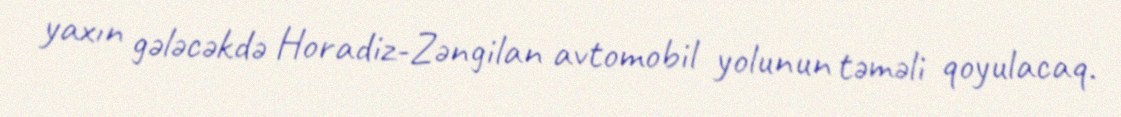
yaxın gələcəkdə Horadiz-Zəngilan avtomobil yolunun təməli qoyulacaq.